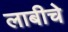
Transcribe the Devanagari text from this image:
लाबीचे